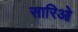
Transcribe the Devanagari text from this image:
सारिओ